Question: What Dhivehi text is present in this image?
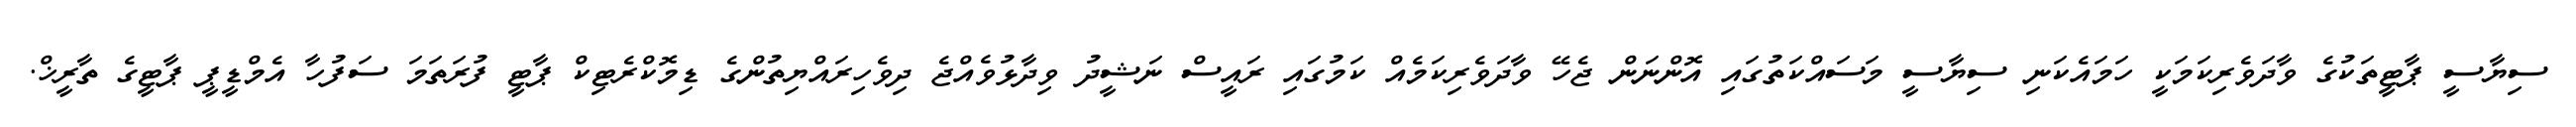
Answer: ސިޔާސީ ޕާޓީތަކުގެ ވާދަވެރިކަމަކީ ހަމައެކަނި ސިޔާސީ މަސައްކަތުގައި އޮންނަން ޖެހޭ ވާދަވެރިކަމެއް ކަމުގައި ރައީސް ނަޝީދު ވިދާޅުވެއްޖެ ދިވެހިރައްޔިތުންގެ ޑިމޮކްރެޓިކް ޕާޓީ ފުރަތަމަ ސަފުހާ އެމްޑީޕީ ޕާޓީގެ ތާރީޚް.